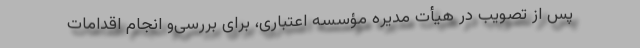
پس از تصویب در هیأت مدیره مؤسسه اعتباری، برای بررسی‌و انجام اقدامات